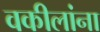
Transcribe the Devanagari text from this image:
वकीलांना